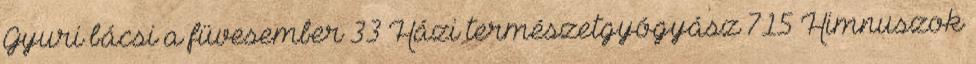
Gyuri bácsi a füvesember 33 Házi természetgyógyász 715 Himnuszok